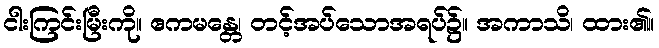
ငါးကြင်းမြီးကို။ ဧကမန္တေ၊ တင့်အပ်သောအရပ်၌။ အကာသိ၊ ထား၏။